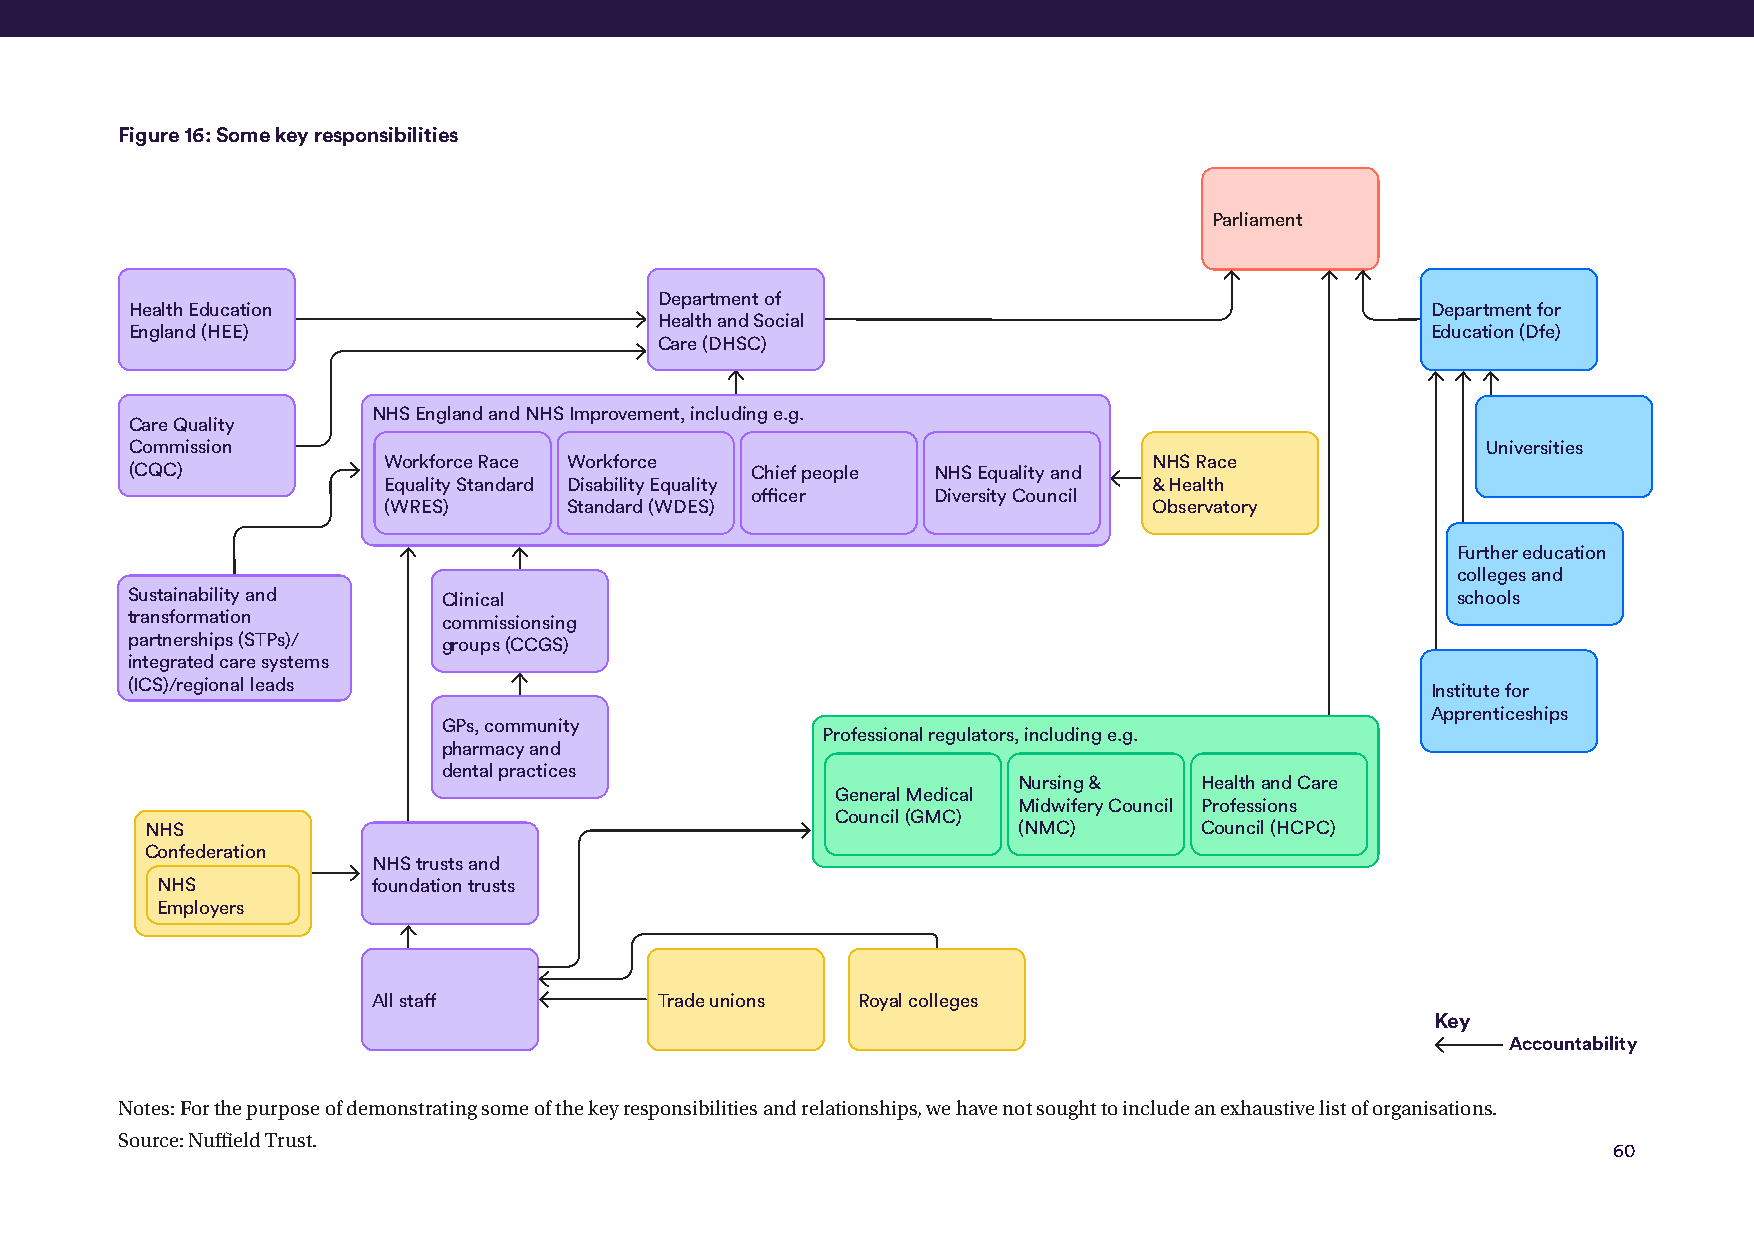
Figure 16: Some key responsibilities
 Parliament
 Department of
 Health Education                                                                      Department for
 Health and Social
 England (HEE)                                                                         Education (Dfe)
 Care (DHSC)
 NHS England and NHS Improvement, including e.g.
 Care Quality
 Commission                                                                               Universities
 Workforce Race Workforce                           NHS Race
 (CQC)                                    Chief people NHS Equality and
 Equality Standard Disability Equality              & Health
 officer     Diversity Council
 (WRES)       Standard (WDES)                       Observatory
 Further education
 colleges and
 Sustainability and   Clinical                                                           schools
 transformation       commissionsing
 partnerships (STPs)/ groups (CCGS)
 integrated care systems
 (ICS)/regional leads
 Institute for
 Apprenticeships
 GPs, community
 Professional regulators, including e.g.
 pharmacy and
 dental practices
 Nursing &    Health and Care
 General Medical
 Midwifery Council Professions
 Council (GMC)
 NHS                                                      (NMC)        Council (HCPC)
 Confederation
 NHS trusts and
 NHS            foundation trusts
 Employers
 All staff          Trade unions Royal colleges
 Key
 Accountability
 Notes: For the purpose of demonstrating some of the key responsibilities and relationships, we have not sought to include an exhaustive list of organisations.
 Source: Nuffield Trust.
 60